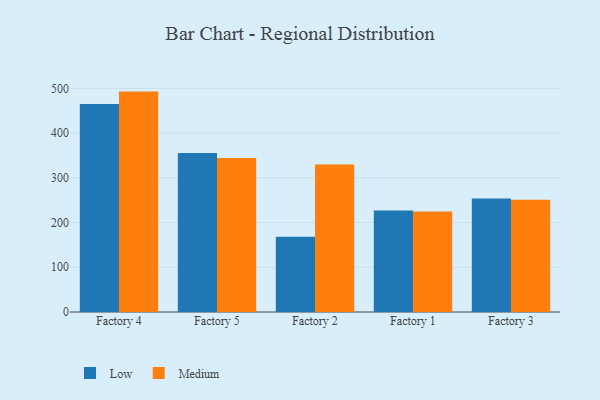
{"axis": {"x": "Factory", "y": "Shipments"}, "legend": ["Low", "Medium"], "data": [{"x": "Factory 4", "y": 465.2, "type": "Low"}, {"x": "Factory 4", "y": 492.9, "type": "Medium"}, {"x": "Factory 5", "y": 355.7, "type": "Low"}, {"x": "Factory 5", "y": 344.3, "type": "Medium"}, {"x": "Factory 2", "y": 168.4, "type": "Low"}, {"x": "Factory 2", "y": 329.9, "type": "Medium"}, {"x": "Factory 1", "y": 226.9, "type": "Low"}, {"x": "Factory 1", "y": 224.9, "type": "Medium"}, {"x": "Factory 3", "y": 254.0, "type": "Low"}, {"x": "Factory 3", "y": 251.3, "type": "Medium"}]}